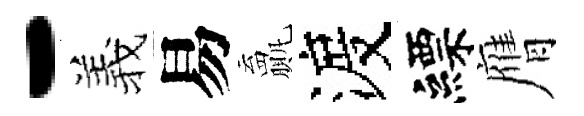
-羲易贏渡縹膺